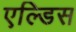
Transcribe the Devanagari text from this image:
एल्डिस